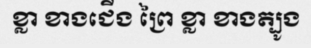
ខ្លា ខាងជើង ព្រៃ ខ្លា ខាងត្បូង